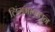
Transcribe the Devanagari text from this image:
लिंगभावातून